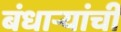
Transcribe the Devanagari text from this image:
बंधाऱ्यांची